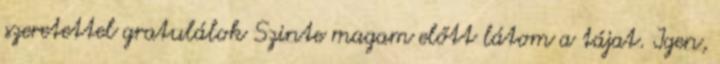
szeretettel gratulálok Szinte magam előtt látom a tájat. Igen,